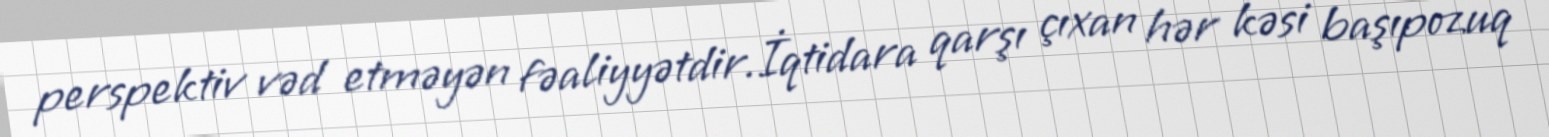
perspektiv vəd etməyən fəaliyyətdir.İqtidara qarşı çıxan hər kəsi başıpozuq